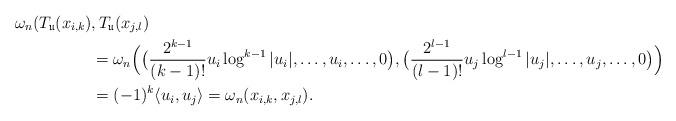
LaTeX: \begin{align*}\omega_n (T_{\mathfrak u} (x_{i,k})&,T_{\mathfrak u}(x_{j,l})\\&=\omega_n\Big(\big(\frac{2^{k-1}}{(k-1)!}u_i\log^{k-1}|u_i|,\ldots,u_i,\ldots,0\big),\big(\frac{2^{l-1}}{(l-1)!}u_j\log^{l-1}|u_j|,\ldots,u_j,\ldots,0\big)\Big)\\&=(-1)^k\langle u_i,u_j \rangle=\omega_n(x_{i,k},x_{j,l}).\end{align*}